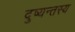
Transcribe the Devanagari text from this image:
दुष्यन्तस्य